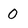
Character: 0